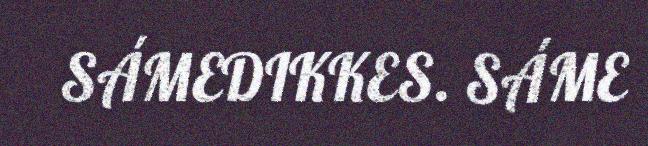
SÁMEDIKKES. SÁME